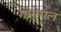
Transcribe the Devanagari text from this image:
गोनेगल